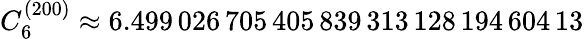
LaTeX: C_{6}^{(200)}\approx 6.499\, 026\, 705\, 405\, 839\, 313\, 128\, 194\, 604\, 13